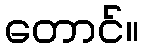
တောင်။